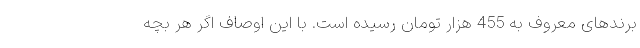
برندهای معروف به 455 هزار تومان رسیده است. با این اوصاف اگر هر بچه